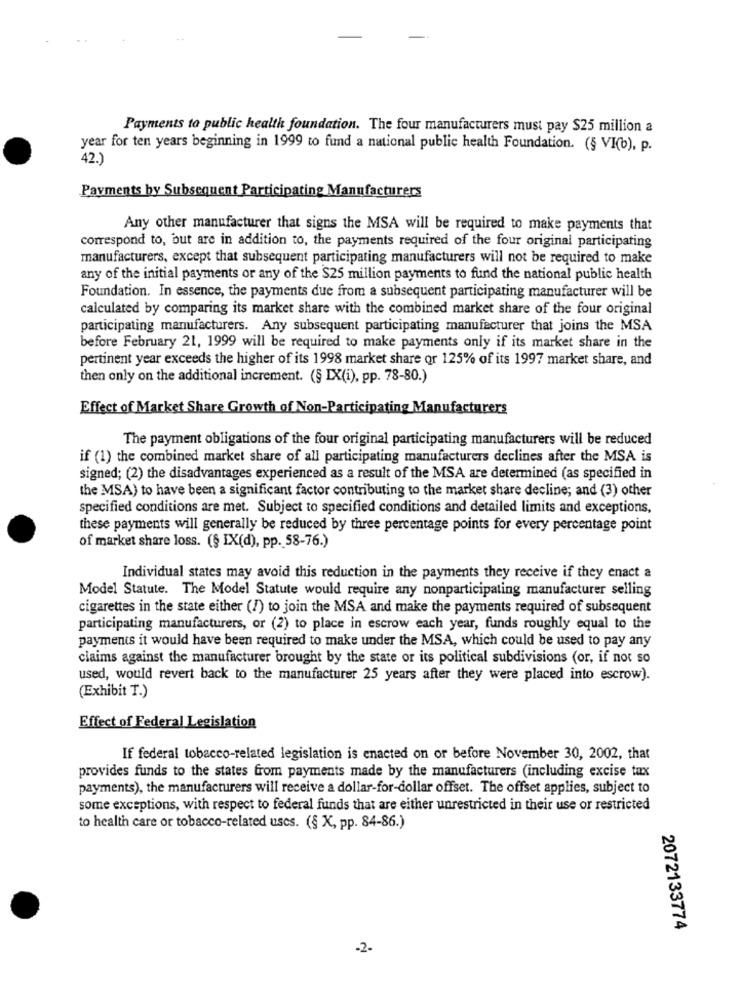
Payments to public health foundation. The four manufacturers must pay $25 million a
year for ten years beginning in 1999 to fund a national public health Foundation. (§ VI(o), p.
42.)
Payments by Subsequent Participating Manufacturers
Any other manufacturer that signs the MSA will be required to make payments that
correspond to, but are in addition to, the payments required of the four original participating
manufacturers, except that subsequent participating manufacturers will not be required to make
any of the initial payments or any of the $25 million payments to fund the national public health
Foundation. In essence, the payments due from a subsequent participating manufacturer will be
calculated by comparing its market share with the combined market share of the four original
participating manufacturers. Any subsequent participating manufacturer that joins the MSA
before February 21, 1999 will be required to make payments only if its market share in the
pertinent year exceeds the higher of its 1998 market share or 125% of its 1997 market share, and
then only on the additional increment. (§ IX(i), pp. 78-80.)
Effect of Market Share Growth of Non-Participating Manufacturers
The payment obligations of the four original participating manufacturers will be reduced
if (1) the combined market share of all participating manufacturers declines after the MSA is
signed; (2) the disadvantages experienced as a result of the MSA are determined (as specified in
the MSA) to have been a significant factor contributing to the market share decline; and (3) other
specified conditions are met. Subject to specified conditions and detailed limits and exceptions,
these payments will generally be reduced by three percentage points for every percentage point
of market share loss. (§ IX(d), pp. 58-76.)
Individual states may avoid this reduction in the payments they receive if they enact a
Model Statute. The Model Statute would require any nonparticipating manufacturer selling
cigarettes in the state either (/) to join the MSA and make the payments required of subsequent
participating manufacturers, or (2) to place in escrow each year, funds roughly equal to the
payments it would have been required to make under the MSA, which could be used to pay any
claims against the manufacturer brought by the state or its political subdivisions (or, if not so
used, would revert back to the manufacturer 25 years after they were placed into escrow).
(Exhibit T.)
Effect of Federal Legislation
If federal tobacco-related legislation is enacted on or before November 30, 2002, that
provides funds to the states from payments made by the manufacturers (including excise tax
payments), the manufacturers will receive a dollar-for-dollar offset. The offset applies, subject to
some exceptions, with respect to federal funds that are either unrestricted in their use or restricted
to health care or tobacco-related uses. (§ K, pp. 84-86.)
2072133774
-2-